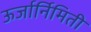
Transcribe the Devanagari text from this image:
ऊर्जार्निमिती